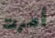
أمرت